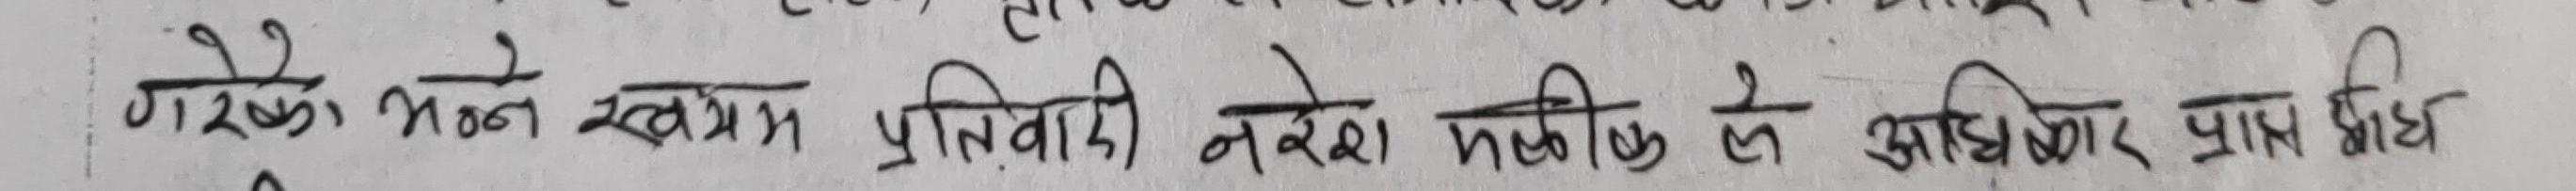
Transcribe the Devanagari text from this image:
गाँउको भन्ने स्वयम प्रतिवादी नरेश मालीक ले अधिकार प्राप्त छौध